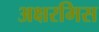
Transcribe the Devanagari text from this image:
अक्षरमिस